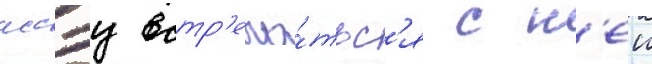
иссэу встр'еча́тьс'я с н'еи